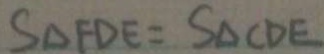
S _ { \Delta F D E } = S _ { \Delta C D E }